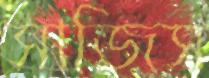
সাজিস